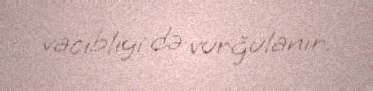
vacibliyi də vurğulanır.